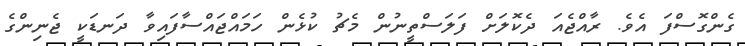
ގެންގޮސްފަ އެވެ. ރާއްޖެއަ ދެކޮލަށް ފަލަސްތީނުން މެޗު ކުޅެން ހަމައްޖައްސާފައިވާ ދަނޑަކީ ޖެނިންގެ